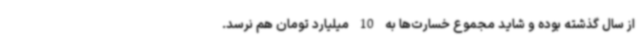
از سال گذشته بوده و شاید مجموع خسارت‌ها به 10 میلیارد تومان هم نرسد.